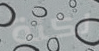
لكنة